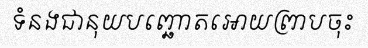
ទំនងជានុយបញ្ឆោតអោយព្រាបចុះ